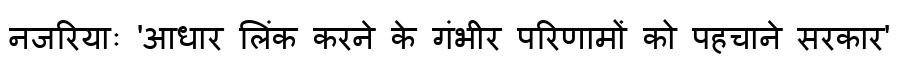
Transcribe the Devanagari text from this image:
नजरियाः 'आधार लिंक करने के गंभीर परिणामों को पहचाने सरकार'